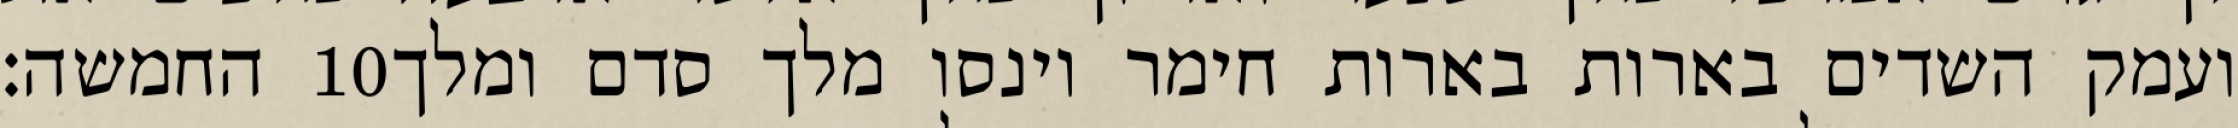
החמשה׃ ‎10‏ ועמק השדים בארות בארות חימר וינסו מלך סדם ומלך